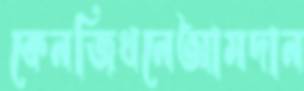
কেনজিথনেআমদান